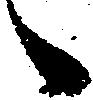
々